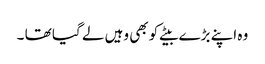
وہ اپنے بڑے بیٹے کو بھی وہیں لے گیا تھا ۔